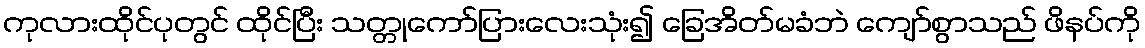
ကုလားထိုင်ပုတွင် ထိုင်ပြီး သတ္တုကော်ပြားလေးသုံး၍ ခြေအိတ်မခံဘဲ ကျော်စွာသည် ဖိနပ်ကို